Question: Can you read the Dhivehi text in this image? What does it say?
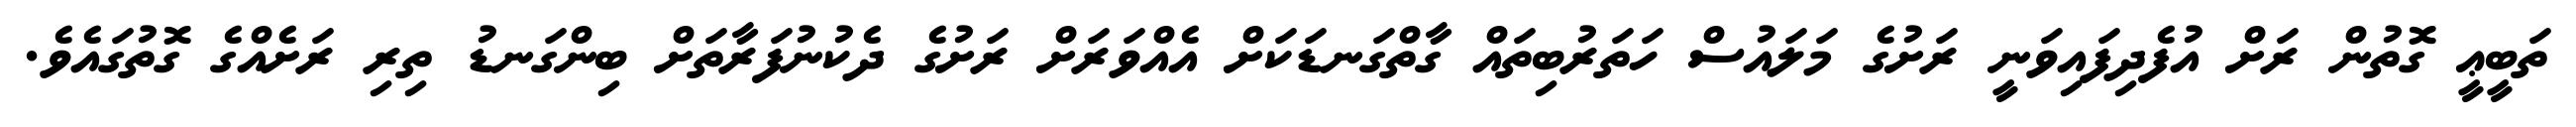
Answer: ތަބީޢީ ގޮތުން ރަށް އުފެދިފައިވަނީ ރަށުގެ މަލައުސް ހަތަރުބިތައް ގާތްގަނޑަކަށް އެއްވަރަށް ރަށުގެ ދެކުނުފަރާތަށް ބިންގަނޑު ތިރި ރަށެއްގެ ގޮތުގައެވެ.